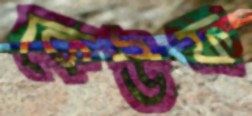
কেউফ